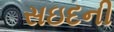
સઇદની